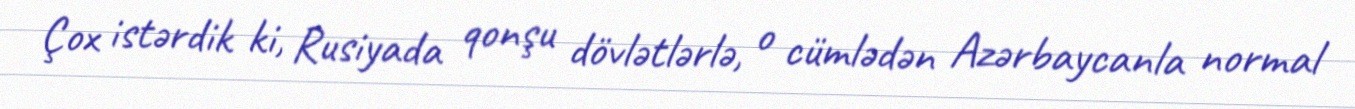
Çox istərdik ki, Rusiyada qonşu dövlətlərlə, o cümlədən Azərbaycanla normal